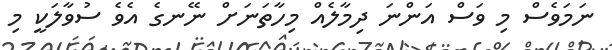
ނަމަވެސް މި ވަސް އަންނަ ދިމާލެއް މިހާތަނަށް ނޭނގެ އެވެ ސުވާލަކީ މި